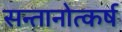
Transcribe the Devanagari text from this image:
सन्तानोत्कर्ष